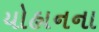
યોહાનના